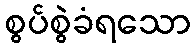
စွပ်စွဲခံရသော